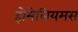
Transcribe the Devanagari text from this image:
होमेलियमस